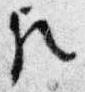
歟